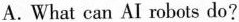
A.What can AI robots do?